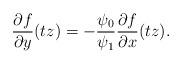
LaTeX: \begin{align*} \frac{\partial f}{\partial y } (tz) =- \frac{ \psi_0}{\psi_1} \frac{\partial f}{\partial x } (tz). \end{align*}